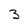
Character: 3